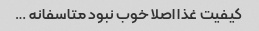
کیفیت غذا اصلا خوب نبود متاسفانه …‌